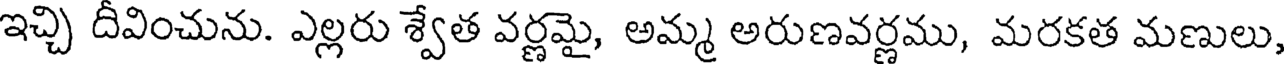
ఇచ్చి దీవించును. ఎల్లరు శ్వేత వర్ణమై, అమ్మ అరుణవర్ణము, మరకత మణులు,